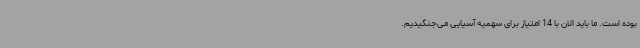
بوده است. ما باید الان با 14 امتیاز برای سهمیه آسیایی می‌جنگیدیم.